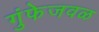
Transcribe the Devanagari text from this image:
गुंफेजवळ